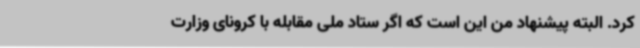
کرد. البته پیشنهاد من این است که اگر ستاد ملی مقابله با کرونای وزارت